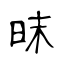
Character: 昩